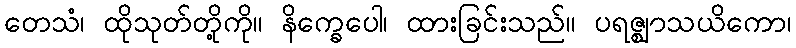
တေသံ၊ ထိုသုတ်တို့ကို။ နိက္ခေပေါ၊ ထားခြင်းသည်။ ပရဇ္ဈာသယိကော၊